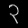
Digit: ၃